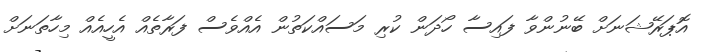
އޮޕަރޭޝަނަށް ބޭނުންވާ ފައިސާ ހޯދަން ކުރި މަސައްކަތުން އެއްވެސް ފަރާތެއް އެހީއެއް މިހާތަނަށް